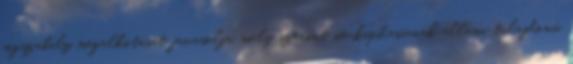
jogszabály megalkotását javasolja, mely szerint ne kaphassanak állami tulajdonú